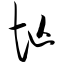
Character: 忙